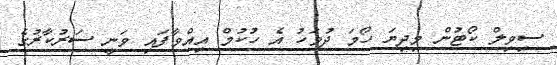
ސިވިލް ކޯޓުން މިދިޔަ ހޯމަ ދުވަހު އެ ހުކުމް އިއްވާފައި ވަނީ ސަރުކާރުގެ